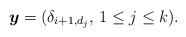
\begin{gather*}{\boldsymbol{y}}= ( \delta_{i+1,d_{j}},\, 1 \le j \le k).\end{gather*}